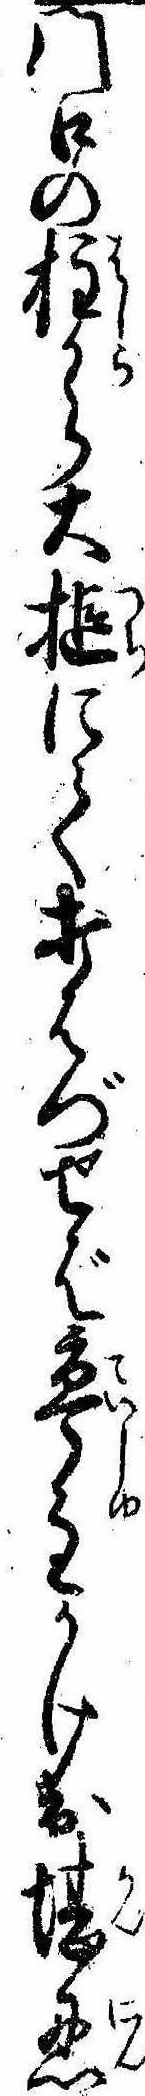
門口の柱から大槌にて打はづせば亭主かけ出堪忍